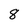
Character: 8